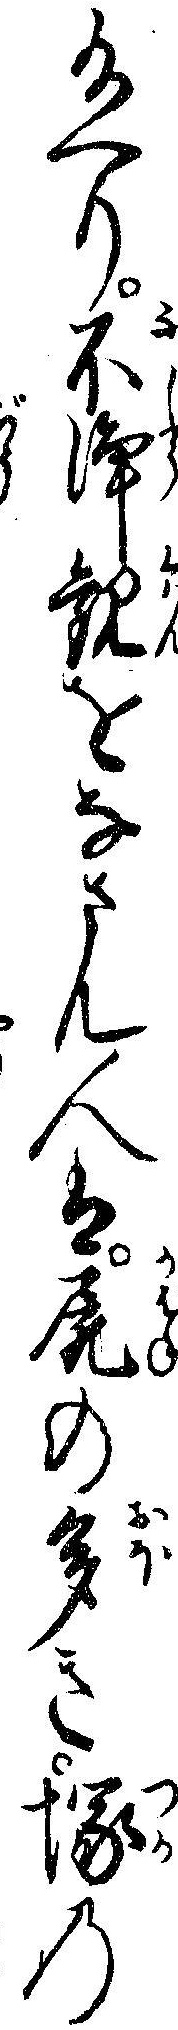
給へり不浄観をなさん人は屍の多き塚の